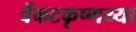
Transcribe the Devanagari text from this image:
वेंकटकृष्णय्या